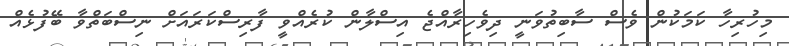
މިހުރިހާ ކަމަކުން ވެސް ސާބިތުވަނީ ދިވެހިރާއްޖެ އިސްލާން ކުރެއްވީ ފާރިސްކަރައަށް ނިސްބަތްވާ ބޭފުޅެއް